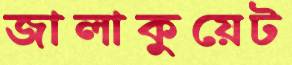
জালাকুয়েট